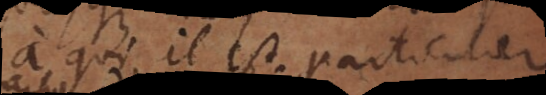
à qui il est particulier,